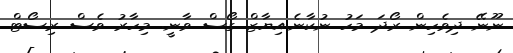
ނޫނޭ ދިވެހިން ރޯދަ މަހު ނުކާނެ.އިޔާޒް ގޯސް ވާނީ. މިހާރު ވެސް ރިސޯޓް